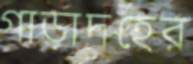
গাড়াদহের